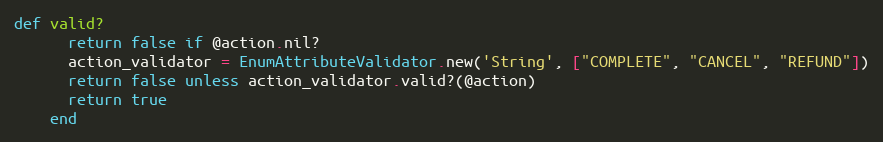
Language: Ruby
def valid?
      return false if @action.nil?
      action_validator = EnumAttributeValidator.new('String', ["COMPLETE", "CANCEL", "REFUND"])
      return false unless action_validator.valid?(@action)
      return true
    end